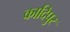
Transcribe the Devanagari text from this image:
कादिपुर